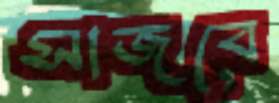
সাজবে